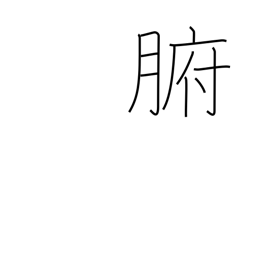
Meaning: viscera